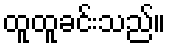
ထူထူခင်းသည်။